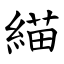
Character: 緢